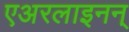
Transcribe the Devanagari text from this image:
एअरलाइनन्